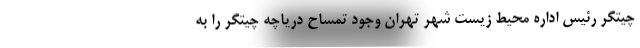
چیتگر رئیس اداره محیط زیست شهر تهران وجود تمساح دریاچه چیتگر را به